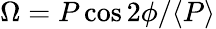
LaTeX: \Omega=P\cos 2\phi/\langle P\rangle